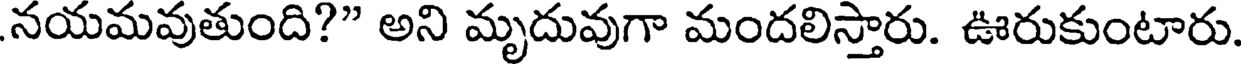
నయమవుతుంది?" అని మృదువుగా మందలిస్తారు. ఊరుకుంటారు